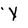
Character: Y